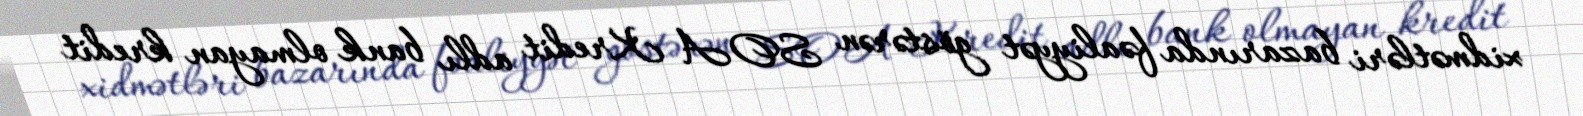
xidmətləri bazarında fəaliyyət göstərən SOA Kredit adlı bank olmayan kredit